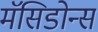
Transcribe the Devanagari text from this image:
मॅसिडोन्स